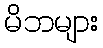
မိဘများ